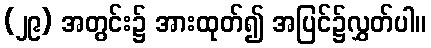
(၂၉) အတွင်း၌ အားထုတ်၍ အပြင်၌လွှတ်ပါ။